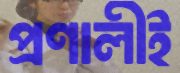
প্রণালীই